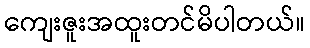
ကျေးဇူးအထူးတင်မိပါတယ်။